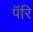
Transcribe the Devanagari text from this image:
पॅरि